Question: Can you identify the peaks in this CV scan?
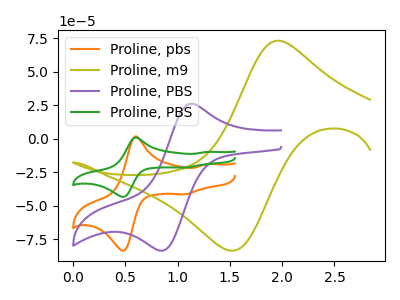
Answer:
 <answer>The orange curve "Proline, pbs" has anodic peaks at (0.60V, 1.65uA) (1.30V, -18.95uA) and cathodic peaks at (0.45V, -83.00uA) (1.05V, -41.50uA). The olive curve "Proline, m9" has an anodic peak at (1.95V, 73.10uA) and a cathodic peak at (1.50V, -83.40uA). The purple curve "Proline, PBS" has an anodic peak at (1.15V, 26.10uA) and a cathodic peak at (0.85V, -83.45uA). The green curve "Proline, PBS" has anodic peaks at (0.60V, 0.85uA) (1.30V, -9.85uA) and cathodic peaks at (0.45V, -43.10uA) (1.05V, -21.55uA).</answer>
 <eval></eval>